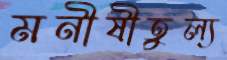
মনীষীতুল্য